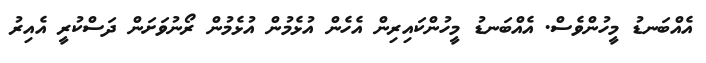
އެއްބަނޑު މީހުންވެސް. އެއްބަނޑު މީހުންކައިރިން އެހެން އުޅެމުން އުޅެމުން ރޯނުވަށަން ދަސްކުރީ އެއިރު